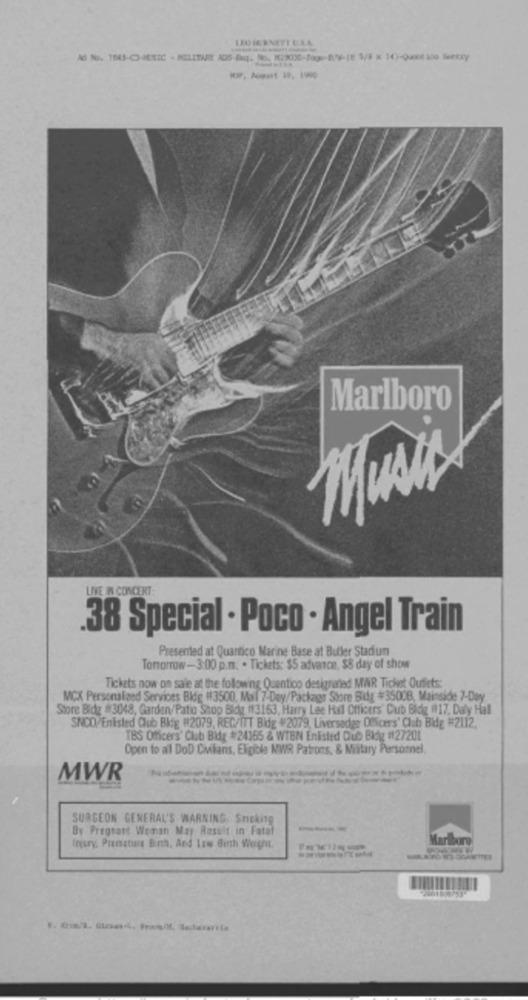
Marlboro
LIVE IN CONCERT:
.38 Special · Poco . Angel Train
Presented at Quantico Marine Base at Buller Stadium
Tomorrow-3:00 p.m. . Tickets: $5 advance, $8 day of show
Tickets now on sale at the following Quantico designated MAR Ticket Oufets:
MCX Personalized Services Bldg #3500, Mal 7-Day/Package Store Bidg #3500B, Mainside 7-Day
Store Bidg #3048, Garden/Patio Stop Bldg 113163, Harry Lee Hall Officers" Cub Bldg (117, Daly Hall
SNCO/Enisted Club Big #2079, REC/ITT Bidg #2079, Liversedge Descers' Club Bide #2112.
TBS Oficers' Club Bidz #24365 & WTBN Enlisted Qub Big #27201
Open to all DoD Civilians, Eligible MWR Patrons, & Military Personnel
MWR
SURGEON GENERAL'S WARNING, Sneking
By Pregnant Woman May Result in Fatal
Marlboro
Injury, Premature Birth, And Low Birth Weight.